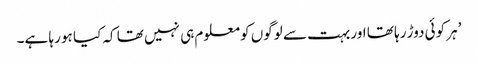
’ہر کوئی دوڑ رہا تھا اور بہت سے لوگوں کو معلوم ہی نہیں تھا کہ کیا ہو رہا ہے۔